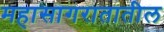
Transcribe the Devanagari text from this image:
महासागरातातील